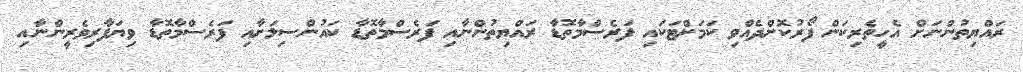
ރައްޔިތުންނަށް އެހީތެރިކަން ފޯރުކޮށްދެއްވި ކަމަށްޓަކައި ފަރެސްމާތޮޑާ ރައްޔިތުންނާއި ފަރެސްމާތޮޑާ ކައުންސިލަށާއި ފަރެސްމާތޮޑާ ވިޔަފާރިވެރީންނާއި